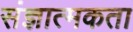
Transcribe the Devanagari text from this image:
संज्ञात्मकता